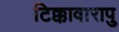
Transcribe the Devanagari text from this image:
टिक्कावारापु